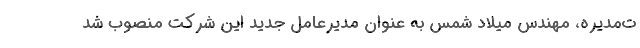
ت‌مدیره، مهندس میلاد شمس به عنوان مدیرعامل جدید این شرکت منصوب شد